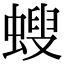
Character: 螋